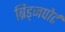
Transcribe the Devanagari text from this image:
ब्रिड्जपोर्ट